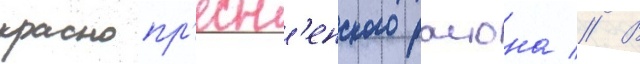
краснопр'есн'енского раиона // В